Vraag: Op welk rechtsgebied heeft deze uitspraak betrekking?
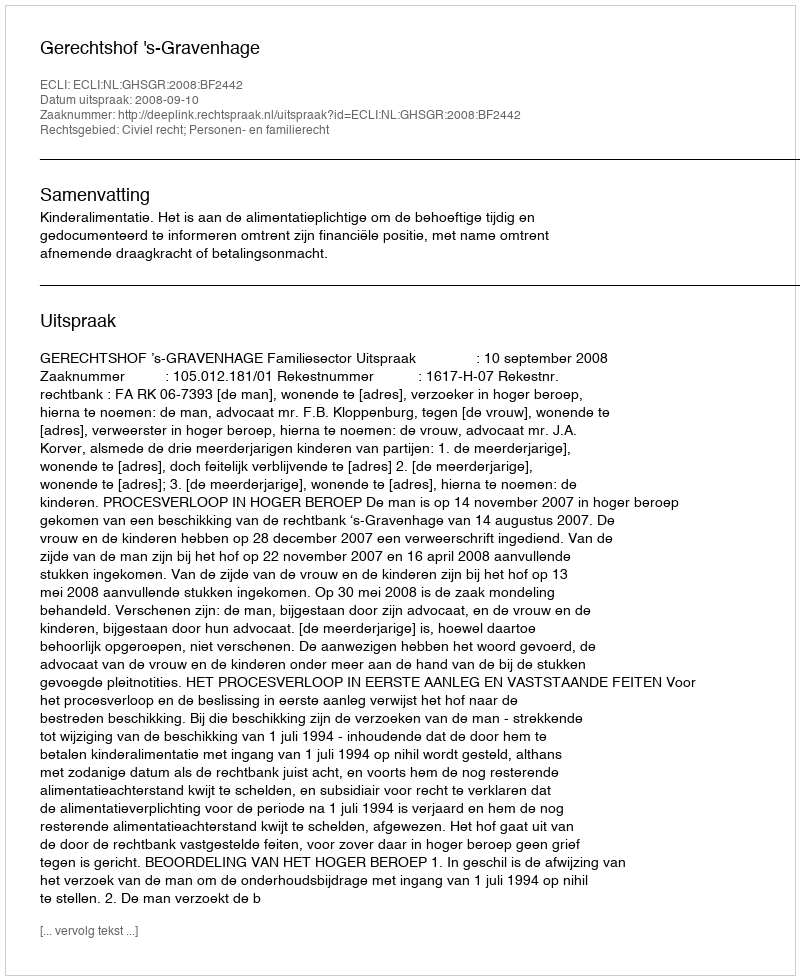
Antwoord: Civiel recht; Personen- en familierecht